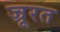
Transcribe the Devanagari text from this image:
ज्रूरत